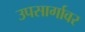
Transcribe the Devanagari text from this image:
उपसार्गावर